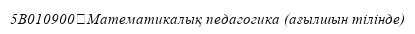
5B010900	Математикалық педагогика (ағылшын тілінде)